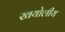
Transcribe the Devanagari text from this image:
खयोलीय